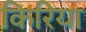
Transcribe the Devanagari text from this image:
किरिया